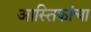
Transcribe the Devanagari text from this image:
आस्तिकांचा